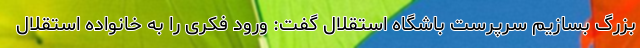
بزرگ بسازیم سرپرست باشگاه استقلال گفت: ورود فکری را به خانواده استقلال